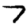
Digit: 7